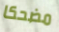
مضحكا